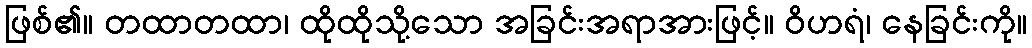
ဖြစ်၏။ တထာတထာ၊ ထိုထိုသို့သော အခြင်းအရာအားဖြင့်။ ဝိဟရံ၊ နေခြင်းကို။